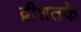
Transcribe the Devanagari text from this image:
द्वीशतके